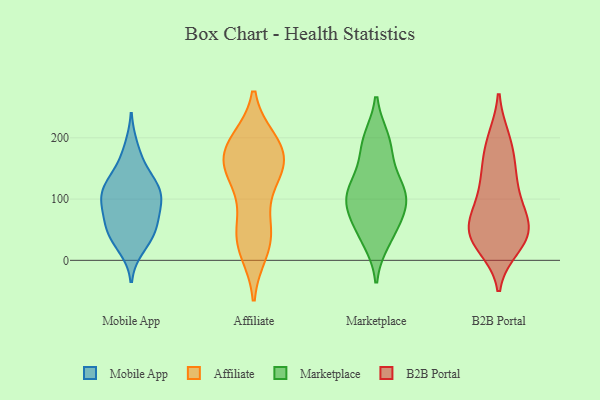
{"axis": {"x": "Waste Production (Tons)", "y": "Value"}, "legend": ["Affiliate", "B2B Portal", "Marketplace", "Mobile App"], "data": [{"x": "", "y": 85, "type": "Mobile App"}, {"x": "", "y": 131, "type": "Mobile App"}, {"x": "", "y": 112, "type": "Mobile App"}, {"x": "", "y": 184, "type": "Mobile App"}, {"x": "", "y": 40, "type": "Mobile App"}, {"x": "", "y": 50, "type": "Mobile App"}, {"x": "", "y": 62, "type": "Mobile App"}, {"x": "", "y": 111, "type": "Mobile App"}, {"x": "", "y": 101, "type": "Mobile App"}, {"x": "", "y": 122, "type": "Mobile App"}, {"x": "", "y": 39, "type": "Mobile App"}, {"x": "", "y": 103, "type": "Mobile App"}, {"x": "", "y": 21, "type": "Mobile App"}, {"x": "", "y": 154, "type": "Mobile App"}, {"x": "", "y": 71, "type": "Mobile App"}, {"x": "", "y": 37, "type": "Affiliate"}, {"x": "", "y": 120, "type": "Affiliate"}, {"x": "", "y": 183, "type": "Affiliate"}, {"x": "", "y": 16, "type": "Affiliate"}, {"x": "", "y": 53, "type": "Affiliate"}, {"x": "", "y": 155, "type": "Affiliate"}, {"x": "", "y": 56, "type": "Affiliate"}, {"x": "", "y": 188, "type": "Affiliate"}, {"x": "", "y": 138, "type": "Affiliate"}, {"x": "", "y": 146, "type": "Affiliate"}, {"x": "", "y": 155, "type": "Affiliate"}, {"x": "", "y": 192, "type": "Affiliate"}, {"x": "", "y": 170, "type": "Affiliate"}, {"x": "", "y": 194, "type": "Affiliate"}, {"x": "", "y": 22, "type": "Affiliate"}, {"x": "", "y": 169, "type": "Marketplace"}, {"x": "", "y": 43, "type": "Marketplace"}, {"x": "", "y": 32, "type": "Marketplace"}, {"x": "", "y": 198, "type": "Marketplace"}, {"x": "", "y": 112, "type": "Marketplace"}, {"x": "", "y": 90, "type": "Marketplace"}, {"x": "", "y": 103, "type": "Marketplace"}, {"x": "", "y": 123, "type": "Marketplace"}, {"x": "", "y": 66, "type": "Marketplace"}, {"x": "", "y": 119, "type": "Marketplace"}, {"x": "", "y": 83, "type": "Marketplace"}, {"x": "", "y": 195, "type": "Marketplace"}, {"x": "", "y": 76, "type": "B2B Portal"}, {"x": "", "y": 119, "type": "B2B Portal"}, {"x": "", "y": 112, "type": "B2B Portal"}, {"x": "", "y": 49, "type": "B2B Portal"}, {"x": "", "y": 31, "type": "B2B Portal"}, {"x": "", "y": 134, "type": "B2B Portal"}, {"x": "", "y": 38, "type": "B2B Portal"}, {"x": "", "y": 44, "type": "B2B Portal"}, {"x": "", "y": 199, "type": "B2B Portal"}, {"x": "", "y": 77, "type": "B2B Portal"}, {"x": "", "y": 22, "type": "B2B Portal"}, {"x": "", "y": 168, "type": "B2B Portal"}, {"x": "", "y": 157, "type": "B2B Portal"}, {"x": "", "y": 199, "type": "B2B Portal"}, {"x": "", "y": 30, "type": "B2B Portal"}, {"x": "", "y": 70, "type": "B2B Portal"}, {"x": "", "y": 53, "type": "B2B Portal"}]}